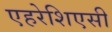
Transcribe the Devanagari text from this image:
एहरेशिएसी